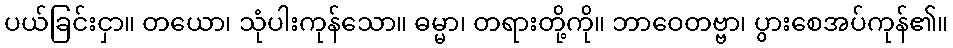
ပယ်ခြင်းငှာ။ တယော၊ သုံပါးကုန်သော။ ဓမ္မာ၊ တရားတို့ကို။ ဘာဝေတဗ္ဗာ၊ ပွားစေအပ်ကုန်၏။